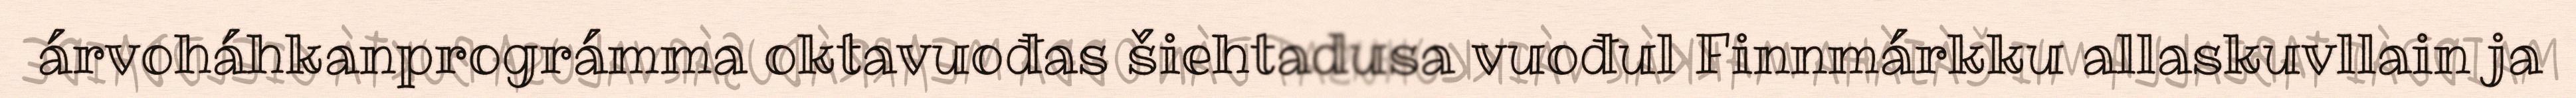
árvoháhkanprográmma oktavuođas šiehtadusa vuođul Finnmárkku allaskuvllain ja